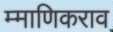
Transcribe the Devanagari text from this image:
म्माणिकराव